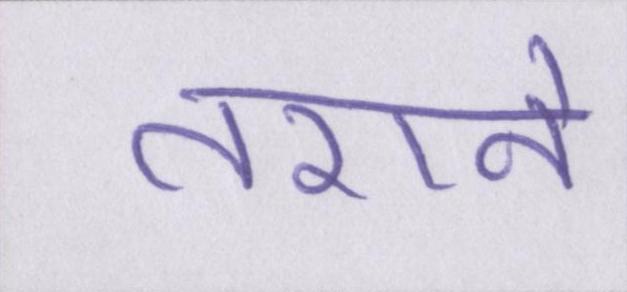
तराने